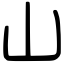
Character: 山